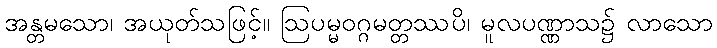
အန္တမသော၊ အယုတ်သဖြင့်။ ဩပမ္မဝဂ္ဂမတ္တဿပိ၊ မူလပဏ္ဏာသ၌ လာသော